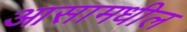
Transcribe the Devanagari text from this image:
आसामधील